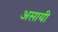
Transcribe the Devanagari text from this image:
असायी